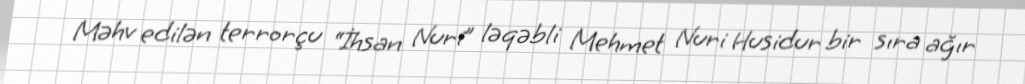
Məhv edilən terrorçu “İhsan Nuri” ləqəbli Mehmet Nuri Husidur bir sıra ağır